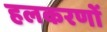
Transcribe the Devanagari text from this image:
हलकरणों